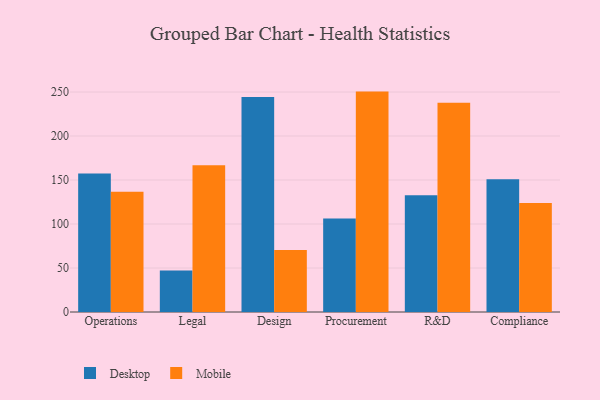
{"axis": {"x": "Department", "y": "Demand Index"}, "legend": ["Desktop", "Mobile"], "data": [{"x": "Operations", "y": 157.4, "type": "Desktop"}, {"x": "Operations", "y": 136.7, "type": "Mobile"}, {"x": "Legal", "y": 47.3, "type": "Desktop"}, {"x": "Legal", "y": 166.9, "type": "Mobile"}, {"x": "Design", "y": 244.5, "type": "Desktop"}, {"x": "Design", "y": 70.5, "type": "Mobile"}, {"x": "Procurement", "y": 106.2, "type": "Desktop"}, {"x": "Procurement", "y": 250.5, "type": "Mobile"}, {"x": "R&D", "y": 132.6, "type": "Desktop"}, {"x": "R&D", "y": 237.9, "type": "Mobile"}, {"x": "Compliance", "y": 151.0, "type": "Desktop"}, {"x": "Compliance", "y": 124.0, "type": "Mobile"}]}